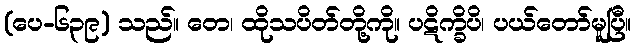
(ပေ-၆၃၉) သည်။ တေ၊ ထိုသပိတ်တို့ကို။ ပဋိက္ခိပိ၊ ပယ်တော်မူပြီ။